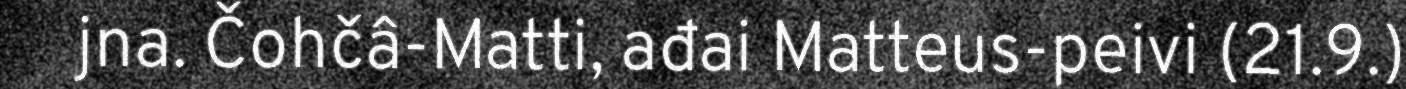
jna. Čohčâ-Matti, ađai Matteus-peivi (21.9.)